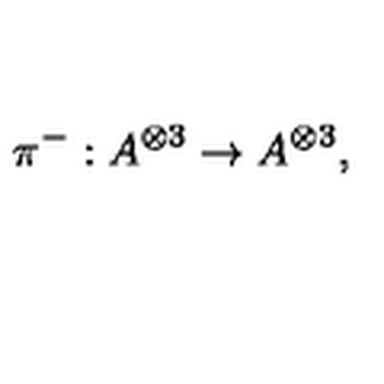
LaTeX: \pi ^ { - } : A ^ { \otimes 3 } \rightarrow A ^ { \otimes 3 } , \quad